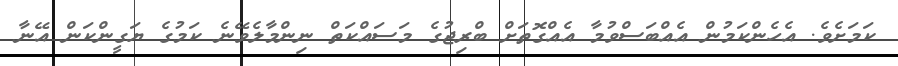
ކަމަށެވެ. އެހެންކަމުން އެއްބަސްވުމާ އެއްގޮތަށް ބްރިޖުގެ މަސައްކަތް ނިންމާލެވޭނެ ކަމުގެ ޔަގީންކަން އޭނާ